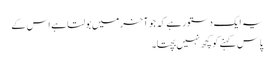
یہ ایک دستور ہے کہ جو آخر میں بولتا ہے اس کے
پاس کہنے کو کچھ نہیں بچتا۔